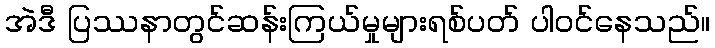
အဲဒီ ပြဿနာတွင်ဆန်းကြယ်မှုများရစ်ပတ် ပါဝင်နေသည်။